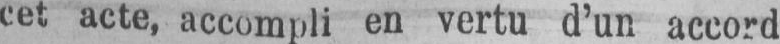
cet acte, accompli en vertu d’un accord